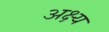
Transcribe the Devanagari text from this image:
अक्ष्य